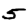
Digit: 5